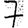
Digit: 7